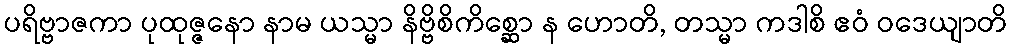
ပရိဗ္ဗာဇကာ ပုထုဇ္ဇနော နာမ ယသ္မာ နိဗ္ဗိစိကိစ္ဆော န ဟောတိ, တသ္မာ ကဒါစိ ဧဝံ ဝဒေယျာတိ